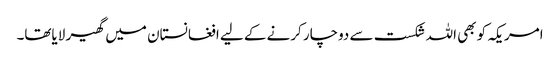
امریکہ کو بھی اللہ شکست سے دوچار کرنے کے لیے افغانستان میں گھیر لایاتھا۔